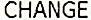
CHANGE